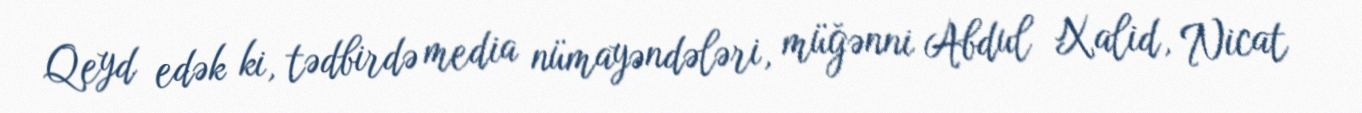
Qeyd edək ki, tədbirdə media nümayəndələri, müğənni Abdul Xalid, Nicat